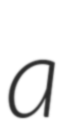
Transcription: a